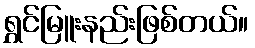
ရွှင်မြူးနည်းဖြစ်တယ်။